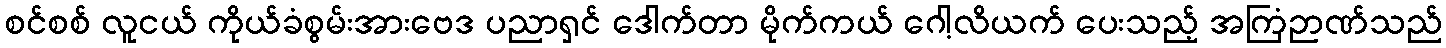
စင်စစ် လူငယ် ကိုယ်ခံစွမ်းအားဗေဒ ပညာရှင် ဒေါက်တာ မိုက်ကယ် ဂေါ့လိယက် ပေးသည့် အကြံဉာဏ်သည်